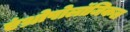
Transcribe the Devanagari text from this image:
एंथ्रोपोलॉजिकल